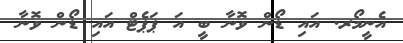
އެނީމޯރ. އައި ޑޯން ވޮނާ ބީ އަ ޕަޕެޓް އައި ޑޯން ވޮނާ